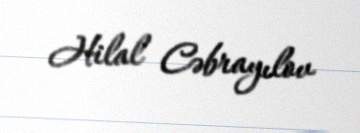
Hilal Cəbrayılov